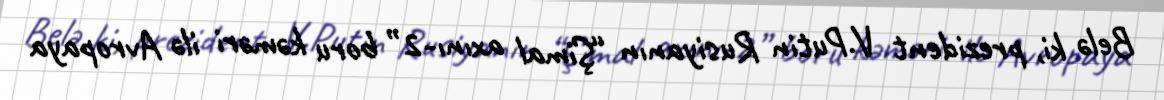
Belə ki, prezident V.Putin Rusiyanın “Şimal axını-2” boru kəməri ilə Avropaya